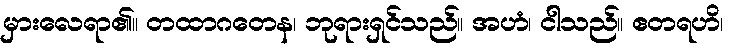
မှားလေရာ၏။ တထာဂတေန၊ ဘုရားရှင်သည်။ အဟံ၊ ငါသည်။ ဧတရဟိ၊